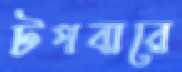
টপবারে